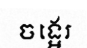
ចង្អេរ